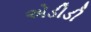
એડીડી